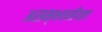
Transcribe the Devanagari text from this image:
असम्भवनीयता